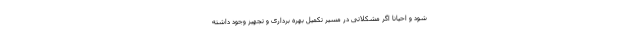
شود و احیانا اگر مشکلاتی در مسیر تکمیل بهره برداری و تجهیز وجود داشته